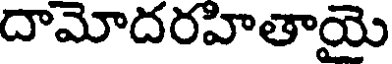
దామోదరహితాయై